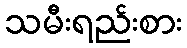
သမီးရည်းစား